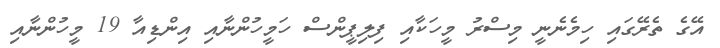
އޭގެ ތެރޭގައި ހިމެނެނީ މިސްރު މީހަކާއި ފިލިޕީންސް ހަމީހުންނާއި އިންޑިއާ 19 މީހުންނާއި